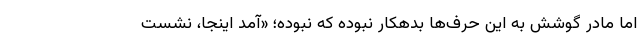
اما مادر گوشش به این حرف‌ها بدهکار نبوده که نبوده؛ «آمد اینجا، نشست